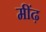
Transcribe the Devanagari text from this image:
मींढ़